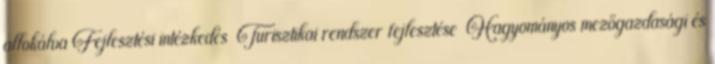
allokálva Fejlesztési intézkedés ▪Turisztikai rendszer fejlesztése ▪Hagyományos mezőgazdasági és